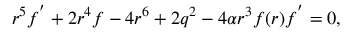
r ^ { 5 } f ^ { ^ { \prime } } + 2 r ^ { 4 } f - 4 r ^ { 6 } + 2 q ^ { 2 } - 4 \alpha r ^ { 3 } f ( r ) f ^ { ^ { \prime } } = 0 ,